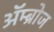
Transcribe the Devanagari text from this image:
अॅम्ब्रोज